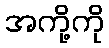
အကို့ကို